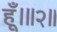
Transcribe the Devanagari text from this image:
हूँ।॥२॥